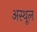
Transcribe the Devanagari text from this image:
अस्थूल